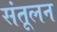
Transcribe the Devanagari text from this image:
संतूलन